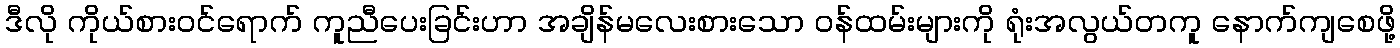
ဒီလို ကိုယ်စားဝင်ရောက် ကူညီပေးခြင်းဟာ အချိန်မလေးစားသော ဝန်ထမ်းများကို ရုံးအလွယ်တကူ နောက်ကျစေဖို့